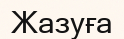
Жазуға